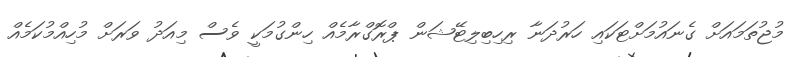
މުޖުތަމައަށް ގެނައުމަށްޓަކައި ހަރުދަނާ ރިހިބިލިޓޭޝަން ޕްރޮގްރާމެއް ހިންގުމަކީ ވެސް މިއަދު ވަރަށް މުހިއްމުކަމެއް